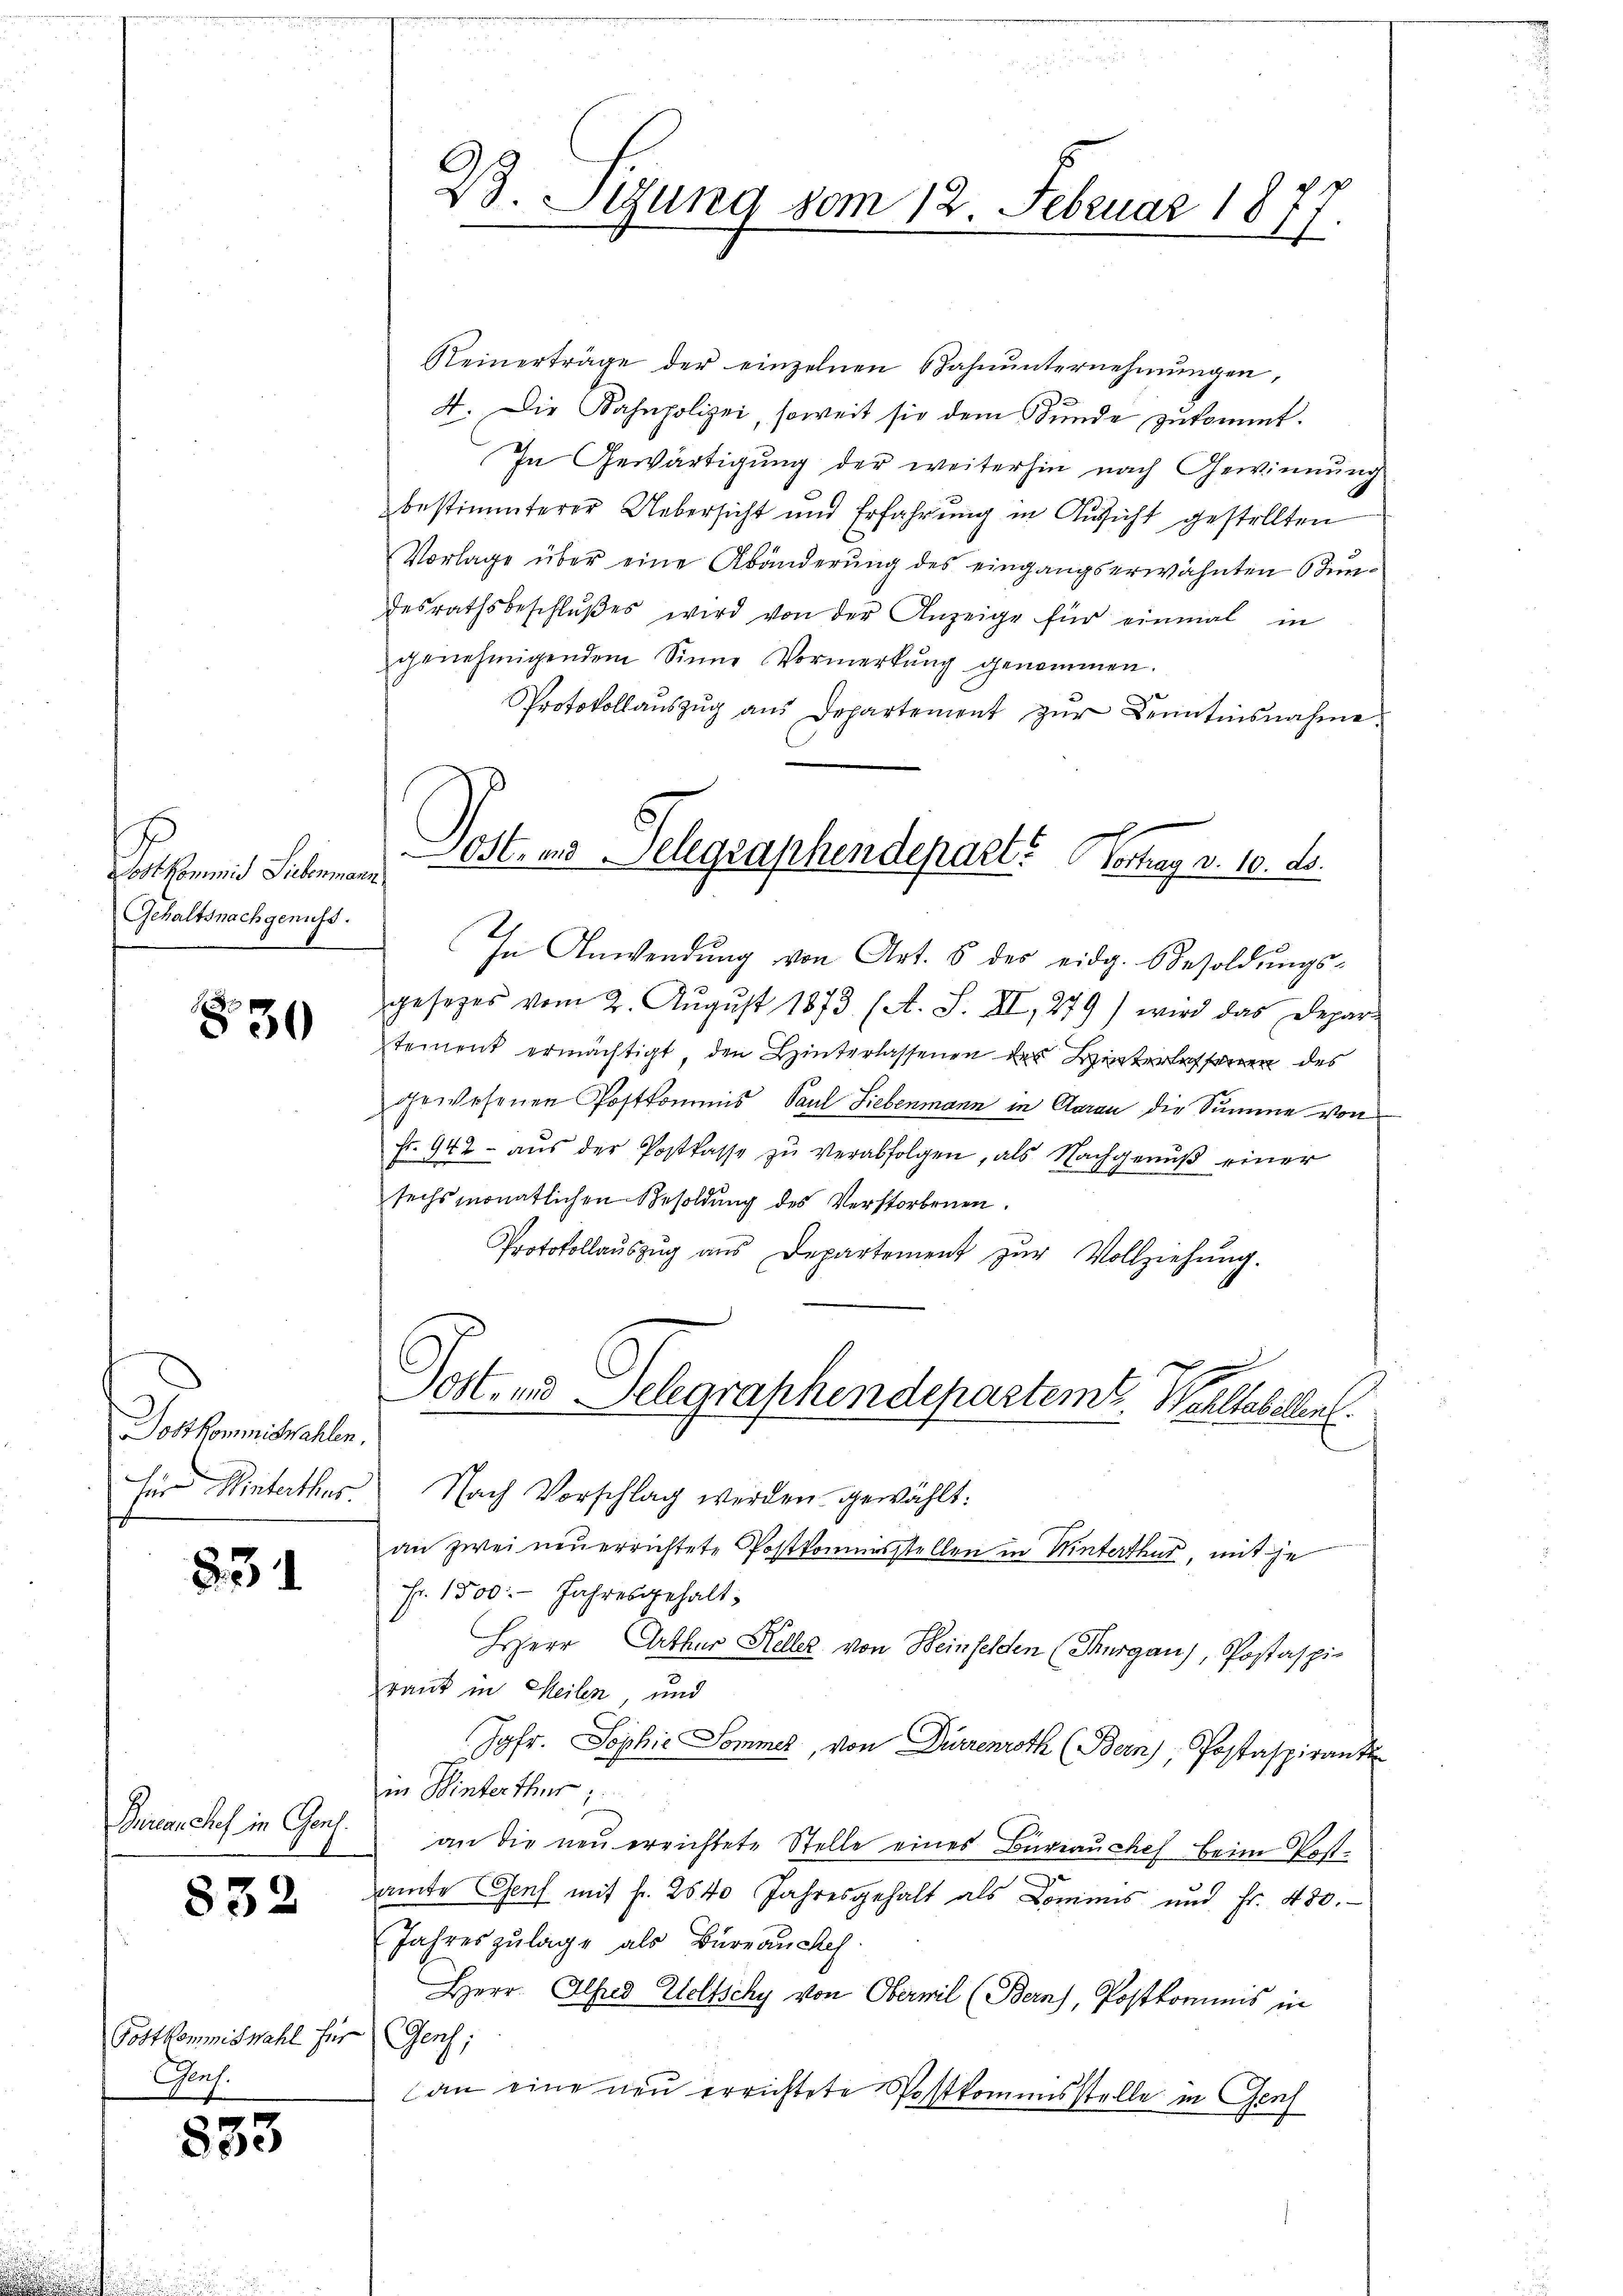
Fortseit Saleman
Gehaltsnachgenuss.

830

Postkommiswahlen.
für Hinterthur.

831

Duranches in Gons.

832

Postkommiswahl für
Genf.

833

B. Sigung vom 12. Februar 1877

Reinerträge der einzelnen Zahnŭnternehmungen,
4. Die Kahnpolizei, soweit sie dem Stunde zukommt.
In Gewärtigung der weiterhin nach Gewinnung
bestimmterer Uebersicht und Erfahrung in Aussicht gestellten
Vorlage über eine Abänderung des eingangserwähnten Stundesrathsbeschlŭβes wird von der Anzeige für einmal in
genehmigendem Sinne Vormerkung genommen.
Protokollaŭszŭg aŭs Departement zŭr Kenntinsnahme
In Anwendung von Art. 8 des eidg. Besoldungsgesezes vom 2. Aŭgŭst 1873 (A. S. II, 279) wird das Depar-
tement ermächtigt, den Hinterlassenen des Hinterlassenen des
gewesenen Postkommis, Paul Liebenmann in Claran die Summe von
Fr. 942 aŭs der Postkasse zŭ verabfolgen, als Nachgenŭβ einer
sechsmonatlichen Besoldung des Verstorbenen.
Protokollaŭszŭg ans Departement zŭr Vollziehŭng.
Post- und Telegraphendepartemt. Welseelen
Nach Vorschlag werden gewählt:
an zwei neuerrichtete Postkommisstellen in Winterthur, mit je
Fr. 1500.- Jahresgehalt
Herr Arthur Keller von Beinfelden (Thurgau), Postaspie
rant in Meilen, und
Jahr. Sophie Sommer, von Dürrenroth (Bern), Postaspirant
in Winterthur
an die neu errichtete Stelle eines Bureauches beim Postamte Genf mit fr. 2640 Jahresgehalt als Dominis und Fr. 430.
Jahreszulage als Büreauckes.
Herr Alfred Eeltschy von Oberwil (Bern), Postkommis in
Geoch;
an eine neu errichtete Postkommisstelle in Genf

Post- und Telegraphendepart. Vortrag v. 10. ds.